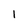
Character: 1